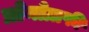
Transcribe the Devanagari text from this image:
प्रोनोग्राफी